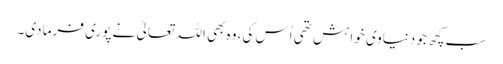
سب کچھ جو دنیاوی خواہش تھی اُس کی، وہ بھی اللہ تعالیٰ نے پوری فرما دی۔